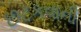
છટકવાની